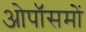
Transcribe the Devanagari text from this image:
ओपॉसमों